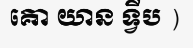
គោ យាន ទ្វីប )